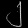
Digit: ၂